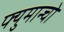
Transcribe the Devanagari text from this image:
फ्युमान्चो